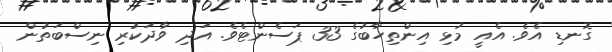
ގޮނޑި އެވެ. އެއީ މުޅި އިންތިހާބުގެ 33 ޕަސެންޓެވެ. އަދި ވާދަކުރި ނިސްބަތުން